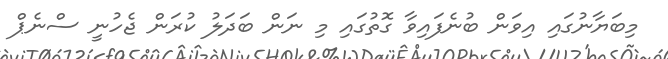
މިބަޔާނުގައި އިވަން ބުނެފައިވާ ގޮތުގައި މި ނަން ބަދަލު ކުރަން ޖެހުނީ ސްނެޕް